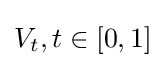
V_{t},t\in [0,1]